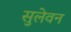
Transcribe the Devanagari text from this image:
सुलेवन